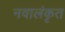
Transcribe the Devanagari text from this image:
नवालंकृत